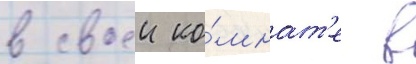
в своеи ко́мнат'е в